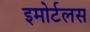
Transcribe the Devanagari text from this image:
इमोर्टलस